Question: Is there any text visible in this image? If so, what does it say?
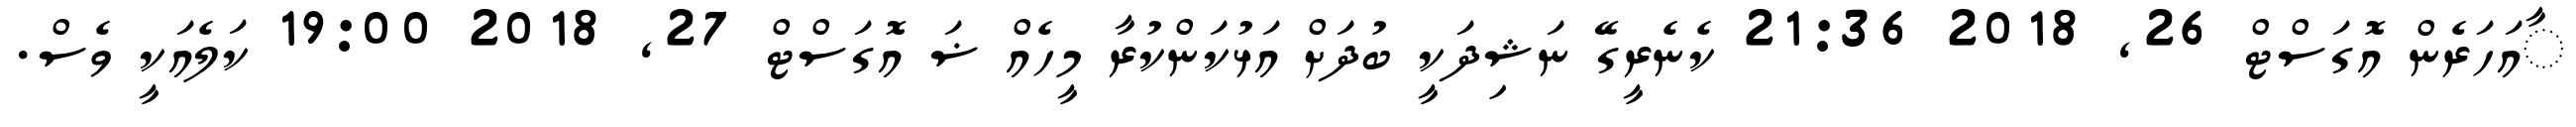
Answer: ާއަހަރެން އޮގަސްޓް 26, 2018 21:36 ކެނެރީގޭ ނަޝިދަކީ ބުދަށް އަޅުކަންކުރާ މީހެއް ޟަ އޮގަސްޓް 27, 2018 19:00 ކަލެއަކީ ވެސް.